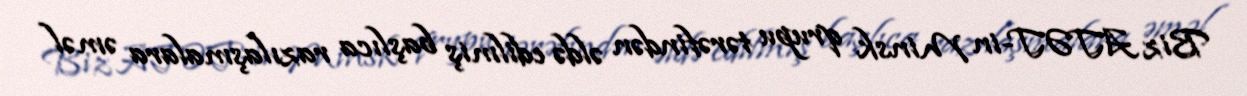
Biz ATƏT-in Minsk qrupu tərəfindən əldə edilmiş başlıca razılaşmalara əməl